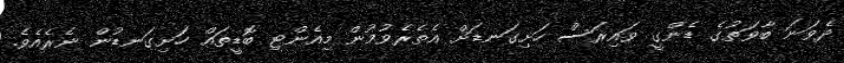
ދެވަނަ ބާވަތުގެ ޑެންގީ ވައިރަސް ހަށިގަނޑަށް އެތެރެވުމުން މިއެންޓި ބޮޑީތައް ހަށިގަނޑުން ނެރެއެވެ.